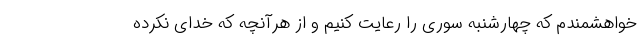
خواهشمندم که چهارشنبه سوری را رعایت کنیم و از هرآنچه که خدای نکرده